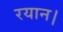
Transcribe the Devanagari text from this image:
रयान।